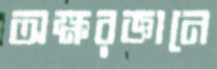
অক্ষরজ্ঞানে